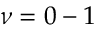
\nu = 0 - 1